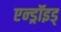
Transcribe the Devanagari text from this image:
एन्ड्रॉइड्